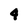
Character: 4